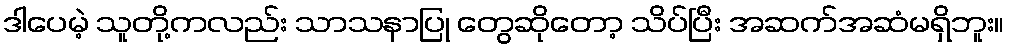
ဒါပေမဲ့ သူတို့ကလည်း သာသနာပြု တွေဆိုတော့ သိပ်ပြီး အဆက်အဆံမရှိဘူး။